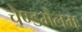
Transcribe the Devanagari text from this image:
चेण्डमेलम